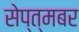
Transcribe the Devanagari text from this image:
सेप्त्मबर